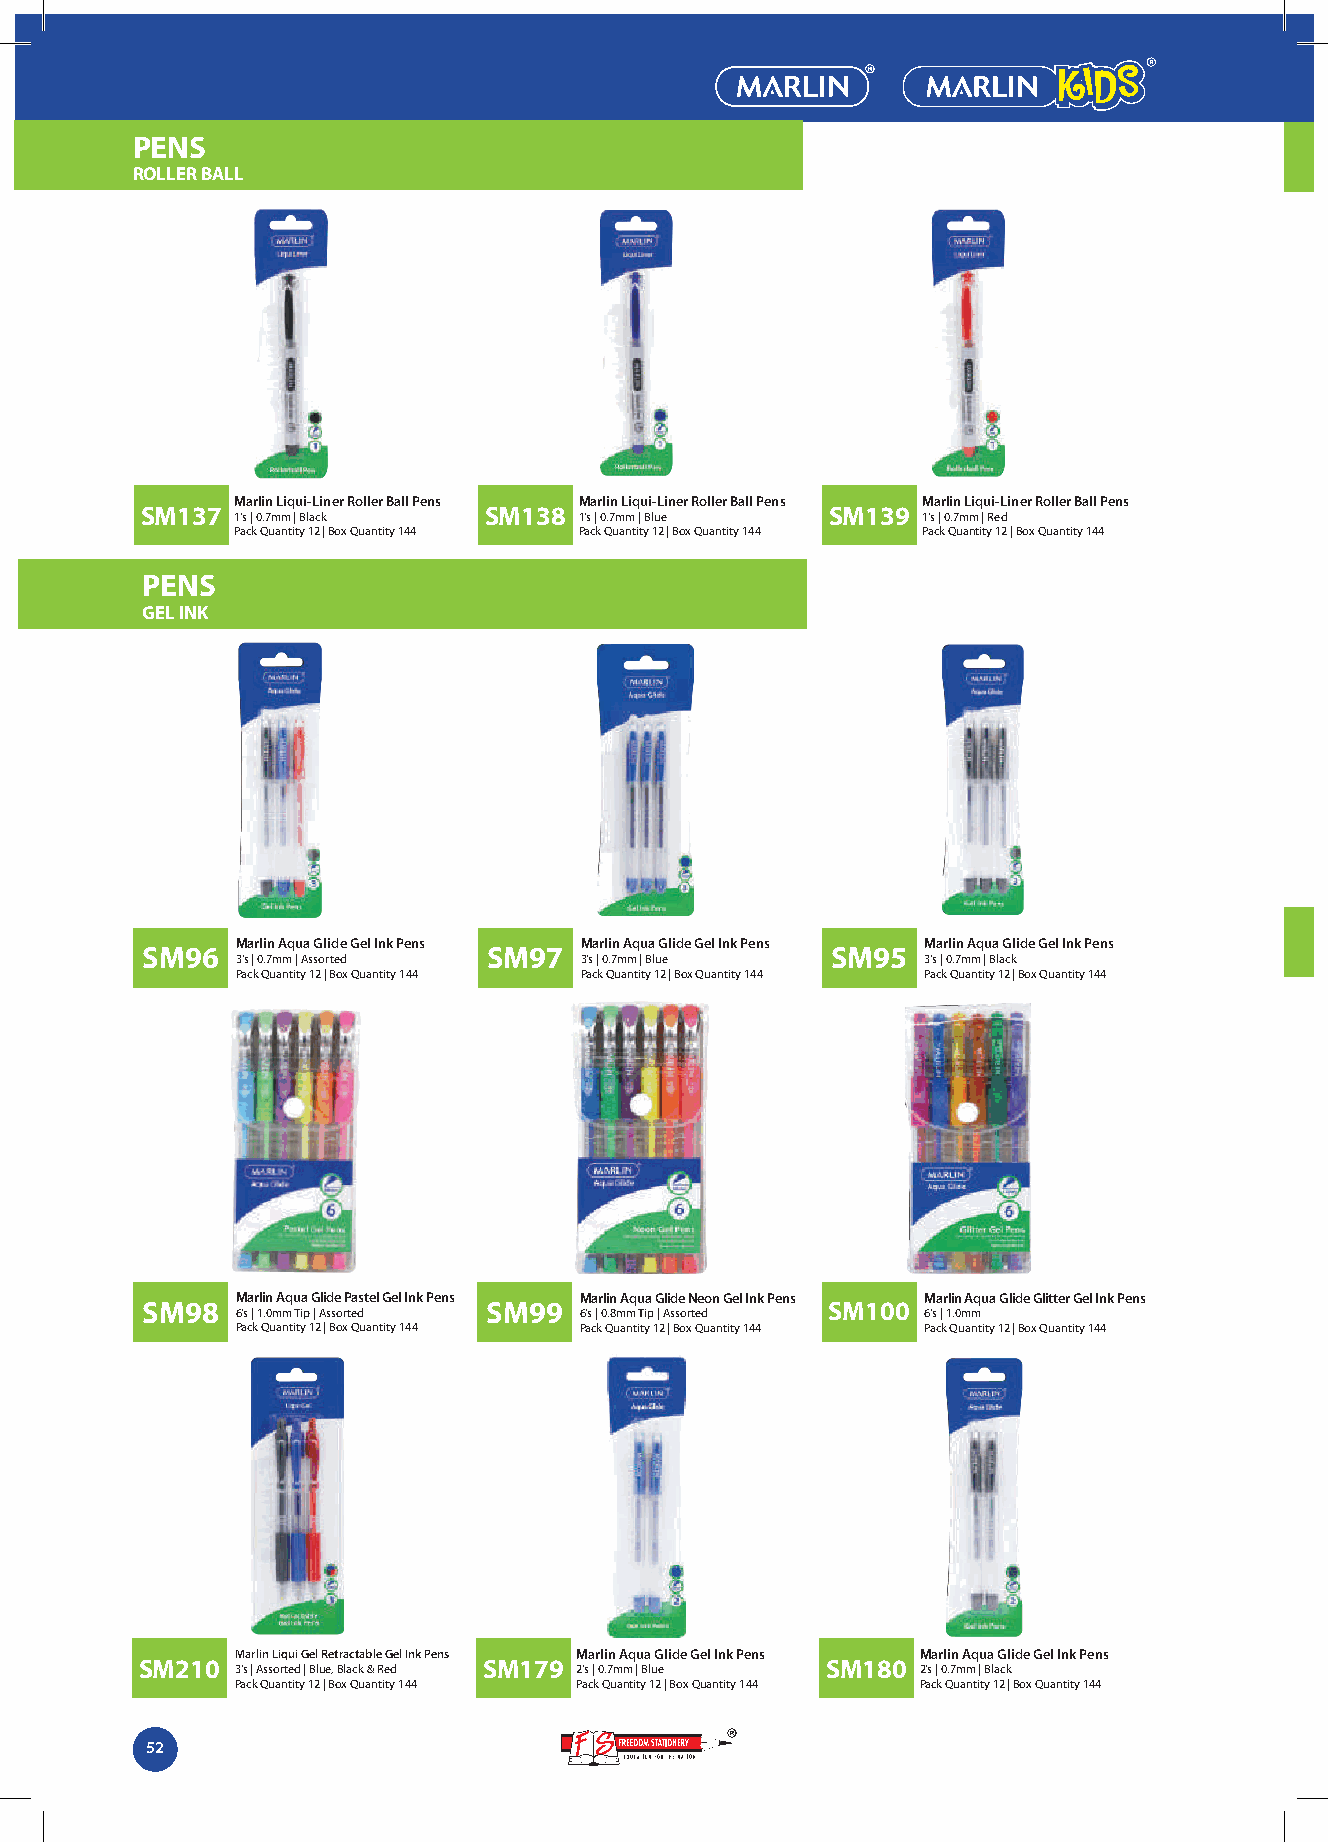
PENS
 ROLLER BALL
 Marlin Liqui-Liner Roller Ball Pens Marlin Liqui-Liner Roller Ball Pens Marlin Liqui-Liner Roller Ball Pens
 SM137                  SM138                  SM139
 1's | 0.7mm | Black   1's | 0.7mm | Blue     1's | 0.7mm | Red
 Pack Quantity 12 | Box Quantity 144 Pack Quantity 12 | Box Quantity 144 Pack Quantity 12 | Box Quantity 144
 PENS
 GEL INK
 Marlin Aqua Glide Gel Ink Pens Marlin Aqua Glide Gel Ink Pens Marlin Aqua Glide Gel Ink Pens
 SM96                   SM97                   SM95
 3's | 0.7mm | Assorted 3's | 0.7mm | Blue    3's | 0.7mm | Black
 Pack Quantity 12 | Box Quantity 144 Pack Quantity 12 | Box Quantity 144 Pack Quantity 12 | Box Quantity 144
 Marlin Aqua Glide Pastel Gel Ink Pens Marlin Aqua Glide Neon Gel Ink Pens Marlin Aqua Glide Glitter Gel Ink Pens
 SM98                   SM99                   SM100
 6's | 1.0mm Tip | Assorted 6's | 0.8mm Tip | Assorted 6's | 1.0mm
 Pack Quantity 12 | Box Quantity 144 Pack Quantity 12 | Box Quantity 144 Pack Quantity 12 | Box Quantity 144
 Marlin Liqui Gel Retractable Gel Ink Pens Marlin Aqua Glide Gel Ink Pens Marlin Aqua Glide Gel Ink Pens
 SM210  3's | Assorted | Blue, Black & Red SM179 2's | 0.7mm | Blue SM180 2's | 0.7mm | Black
 Pack Quantity 12 | Box Quantity 144 Pack Quantity 12 | Box Quantity 144 Pack Quantity 12 | Box Quantity 144
 52